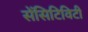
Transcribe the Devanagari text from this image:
सेंसिटिविटी